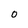
Character: O